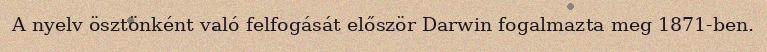
A nyelv ösztönként való felfogását először Darwin fogalmazta meg 1871-ben.